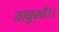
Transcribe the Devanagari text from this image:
ताबुभो।।